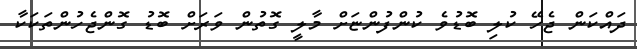
ދައްކަން ޖެހޭ ކުލި ބޮޑުވެ ކުންފުންޏަށް މާލީ ގޮތުން ވަރަށް ބޮޑު ގޮންޖެހުންތަކަކާ